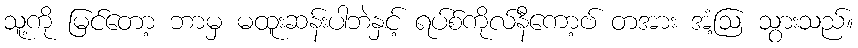
သူ့ကို မြင်တော့ ဘာမှ မထူးဆန်းပါဘဲနှင့် ရပ်စ်ကိုလ်နီကော့ဗ် တအား အံ့ဩ သွားသည်။